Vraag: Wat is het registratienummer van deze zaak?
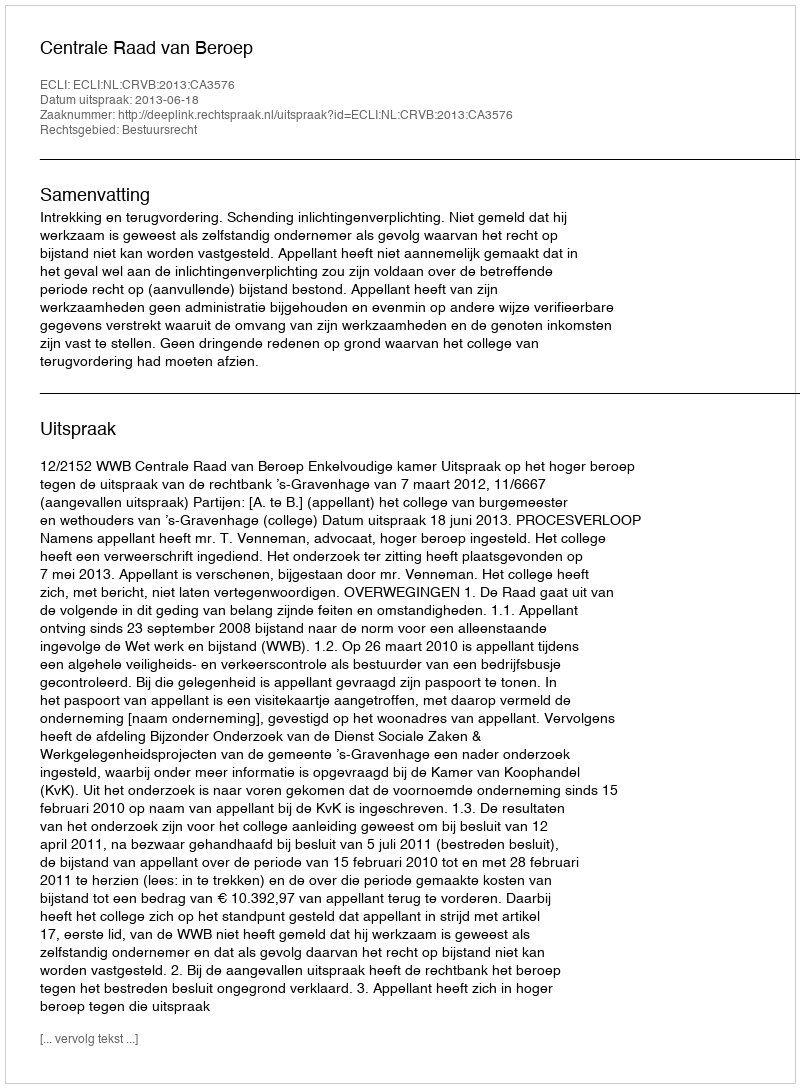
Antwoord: http://deeplink.rechtspraak.nl/uitspraak?id=ECLI:NL:CRVB:2013:CA3576